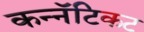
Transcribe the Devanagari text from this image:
कन्नॅटिकट